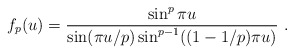
\begin{align*}f_p(u) = \frac{\sin^p \pi u}{\sin (\pi u/p) \sin^{p-1}((1-1/p)\pi u)}\ .\end{align*}